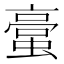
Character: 𮔯